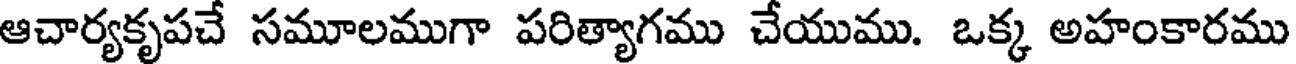
ఆచార్యకృపచే సమూలముగా పరిత్యాగము చేయుము. ఒక్క అహంకారము